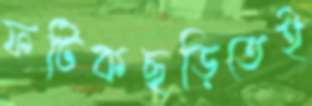
ফটিকছড়িতেই